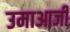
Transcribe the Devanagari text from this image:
उमाआजी